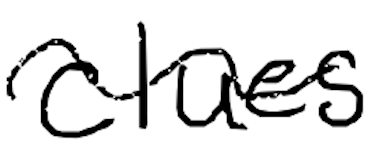
Text: clues
Cross-out: wave
Writing tool: digital_black